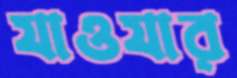
যাওযার